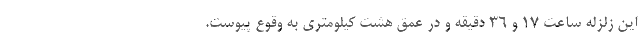
این زلزله ساعت ۱۷ و ۳۶ دقیقه و در عمق هشت کیلومتری به وقوع پیوست.